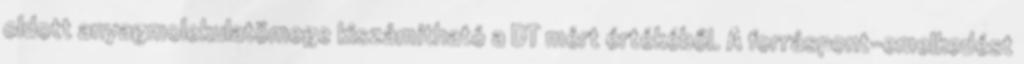
oldott anyagmolekulatömege kiszámítható a DT mért értékéből. A forráspont-emelkedést